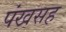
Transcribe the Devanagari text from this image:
पंखसह